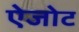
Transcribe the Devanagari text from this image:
ऐजोट